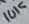
Text: 10K